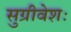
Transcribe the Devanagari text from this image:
सुग्रीवेशः